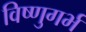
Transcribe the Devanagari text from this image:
विष्णुगर्भ